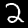
Digit: 2